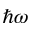
\hbar \omega